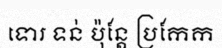
ទោរ ទន់ ប៉ុន្តែ ប្រកែក